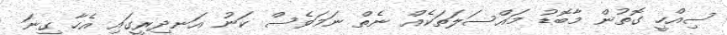
ސިއްހީ ގޮތުން މާބޮޑު މައްސަލަތަކެއް ނެތް ނަމަވެސް ކަނު އަނދިރީގައި އެހާ ގިނަ